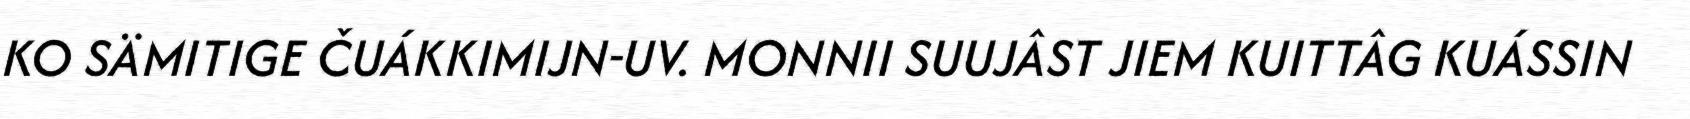
KO SÄMITIGE ČUÁKKIMIJN-UV. MONNII SUUJÂST JIEM KUITTÂG KUÁSSIN